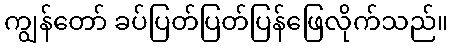
ကျွန်တော် ခပ်ပြတ်ပြတ်ပြန်ဖြေလိုက်သည်။